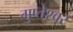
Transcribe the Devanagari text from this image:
गुप्‍तेश्‍वर